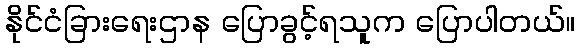
နိုင်ငံခြားရေးဌာန ပြောခွင့်ရသူက ပြောပါတယ်။